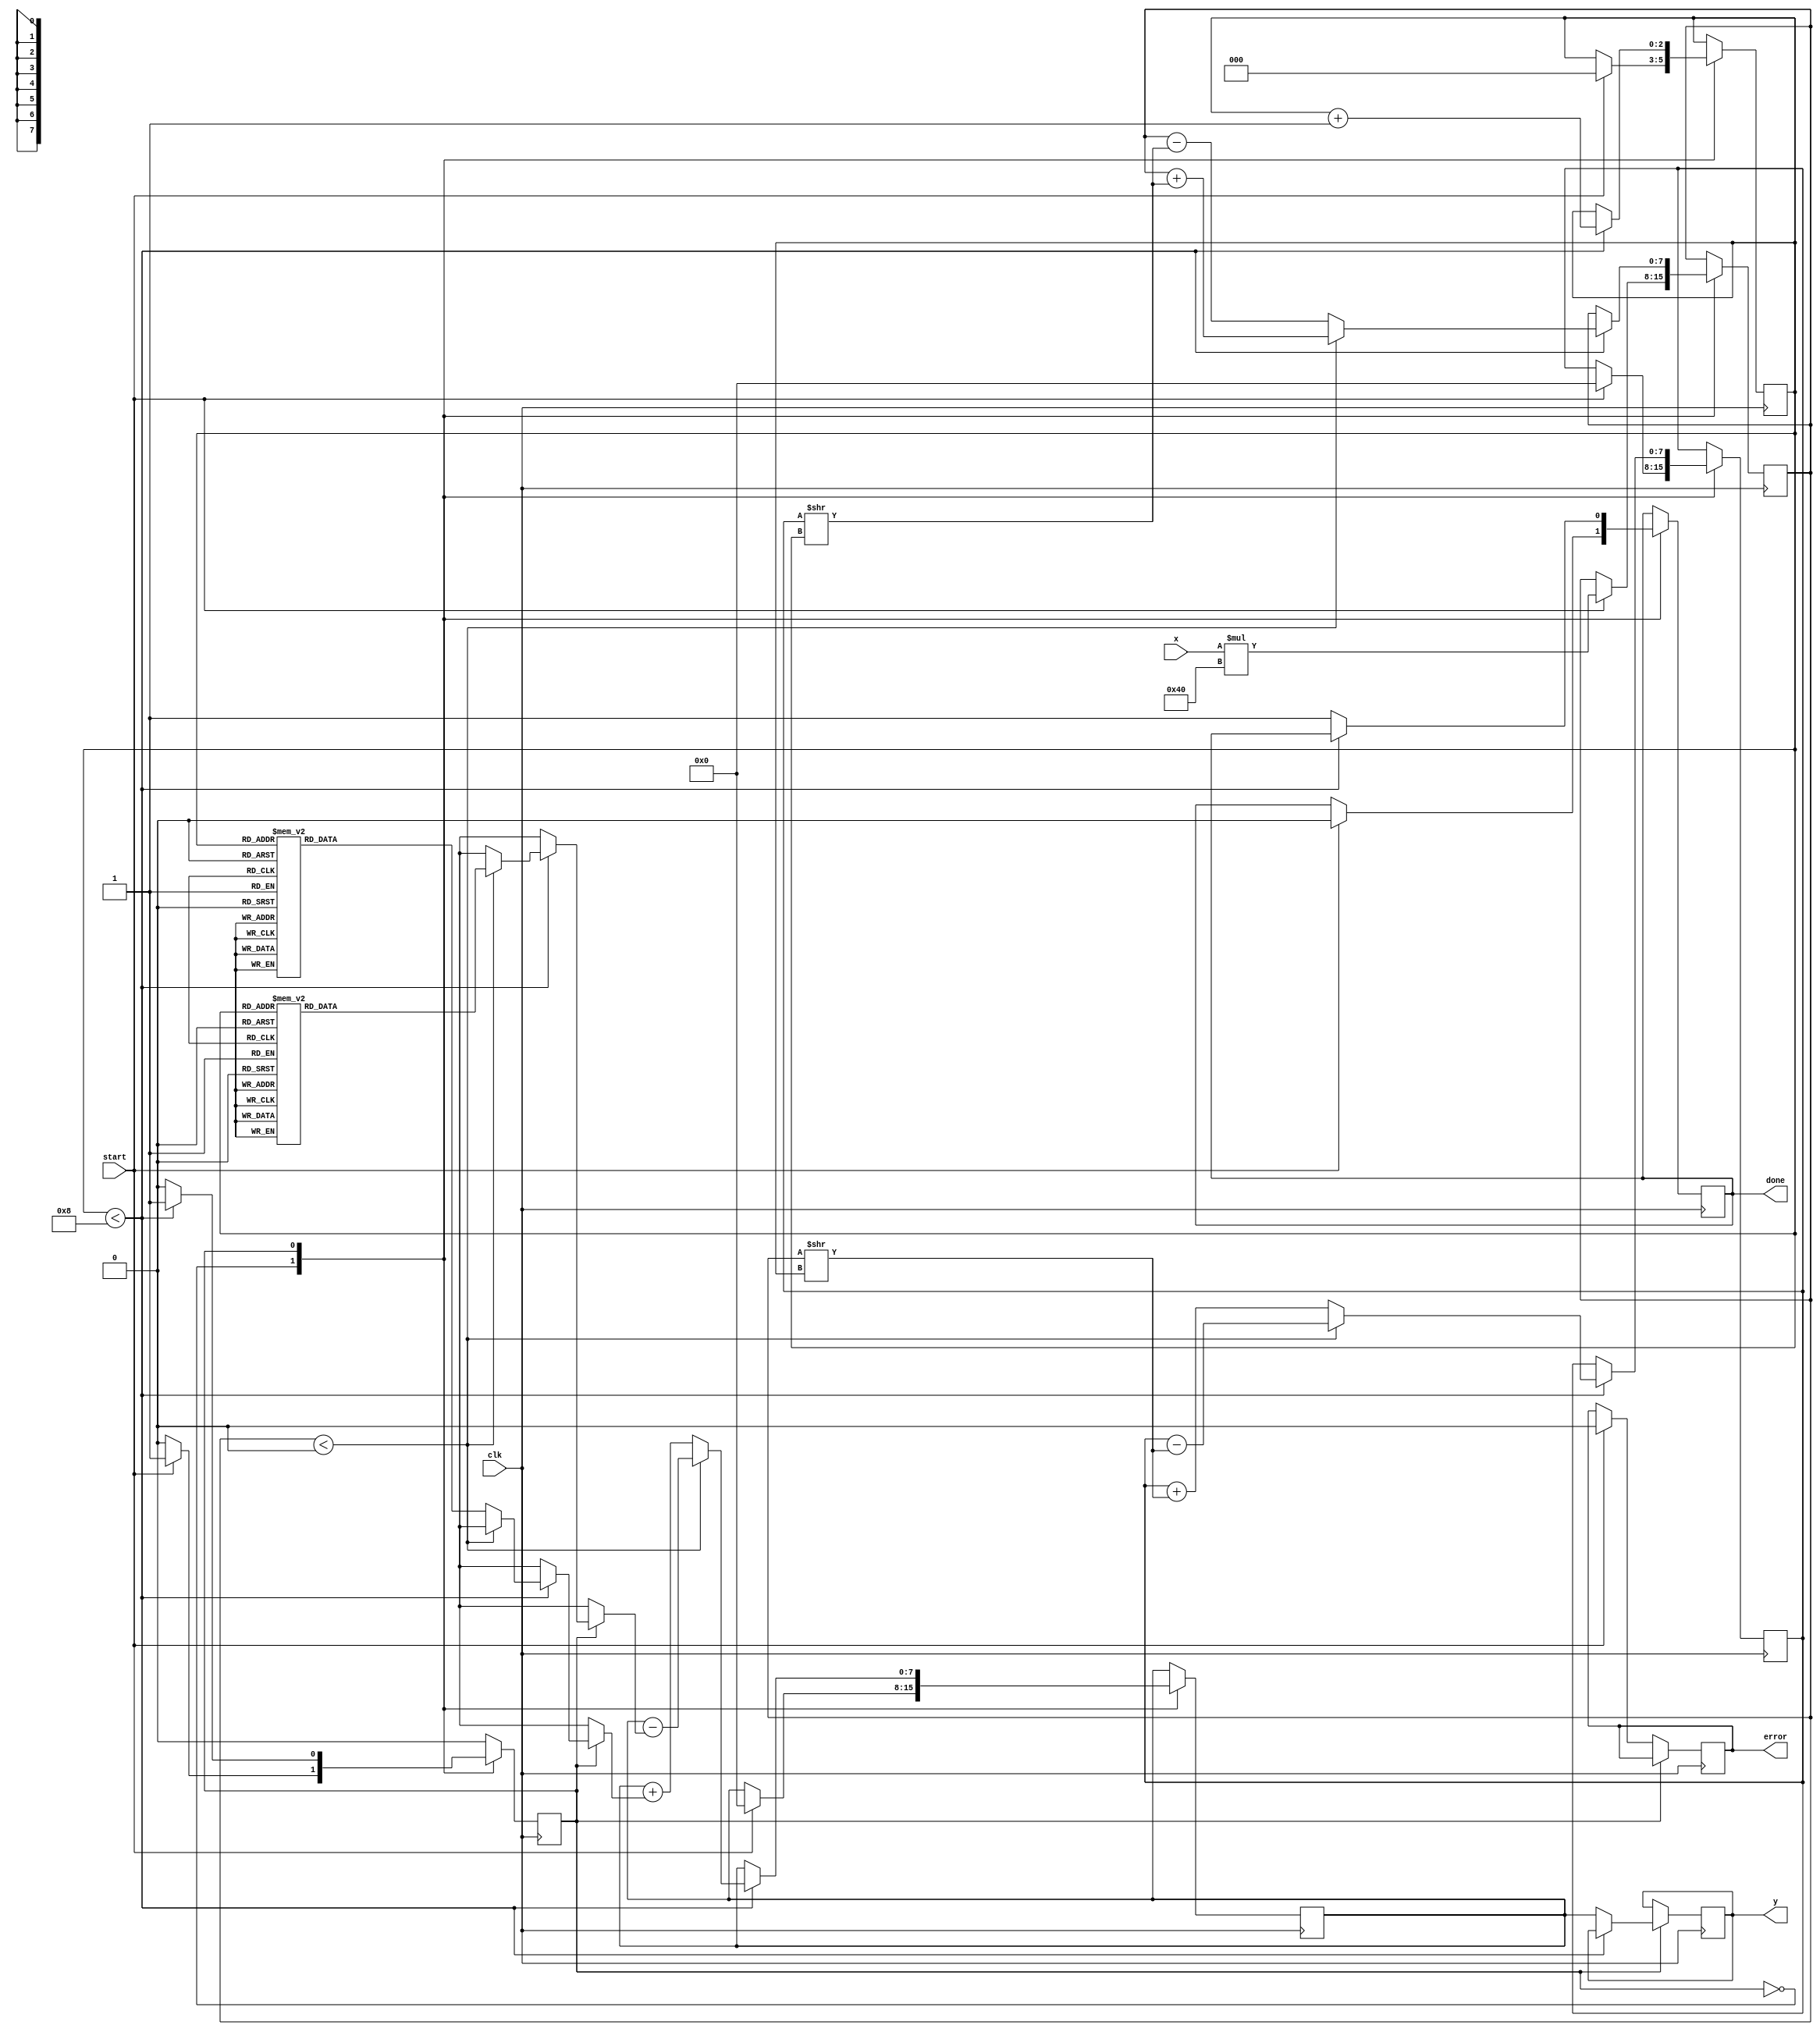
module atan(
    input wire clk,
    input wire start,
    input wire signed [7:0] x, // Input Value (fixed-point representation)
    output reg signed [7:0] y, // Output Angle
    output reg done,
    output reg error
);

    // Internal parameters
    parameter ANGLE_ITERATIONS = 8; // Number of CORDIC iterations
    parameter K = 8'd64; // CORDIC gain factor (K = 0.6072... for 8 iterations)

    reg signed [7:0] x_cordic;
    reg signed [7:0] y_cordic;
    reg signed [7:0] z; // Angle accumulator
    reg [2:0] iteration;
    reg state;
    
    // State definitions
    localparam IDLE = 1'b0;
    localparam CALCULATE = 1'b1;

    always @(posedge clk) begin
        case (state)
            IDLE: begin
                if (start) begin
                    // Initialize variables
                    x_cordic <= x * K; // Scale input by CORDIC gain
                    y_cordic <= 8'd0; // Initial y value
                    z <= 8'd0; // Initial angle
                    iteration <= 0;
                    done <= 1'b0;
                    error <= 1'b0;
                    state <= CALCULATE;
                end
            end
            
            CALCULATE: begin
                if (iteration < ANGLE_ITERATIONS) begin
                    // CORDIC rotation calculations
                    if (x_cordic < 0) begin
                        x_cordic <= x_cordic + (y_cordic >> iteration);
                        y_cordic <= y_cordic - (x_cordic >> iteration);
                        z <= z - atan_table(iteration);
                    end else begin
                        x_cordic <= x_cordic - (y_cordic >> iteration);
                        y_cordic <= y_cordic + (x_cordic >> iteration);
                        z <= z + atan_table(iteration);
                    end
                    iteration <= iteration + 1;
                end else begin
                    y <= z; // Output angle
                    done <= 1'b1; // Indicate computation done
                    state <= IDLE; // Return to IDLE
                end
            end
            
            default: begin
                done <= 1'b1;
                state <= IDLE; 
            end
        endcase
    end

    function signed [7:0] atan_table(input [2:0] idx);
        case (idx)
            3'd0: atan_table = 8'd0; // atan(0) = 0
            3'd1: atan_table = 8'd45; // atan(1)  45 degrees
            3'd2: atan_table = 8'd26; // atan(0.5)  26 degrees
            3'd3: atan_table = 8'd15; // atan(0.333)  15 degrees
            3'd4: atan_table = 8'd8;  // atan(0.2)  8 degrees
            3'd5: atan_table = 8'd4;  // atan(0.125)  4 degrees
            3'd6: atan_table = 8'd2;  // atan(0.0625)  2 degrees
            3'd7: atan_table = 8'd1;  // atan(0.03125)  1 degree
            default: atan_table = 8'd0;
        endcase
    endfunction

endmodule